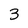
Character: 3